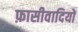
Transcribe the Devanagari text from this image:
फ़ासीवादियों